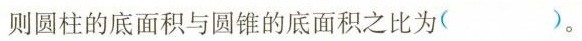
则圆柱的底面积与圆锥的底面积之比为( )。